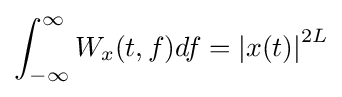
\int _{-\infty }^{\infty }W_{x}(t,f)df=\left\vert x(t)\right\vert ^{2L}